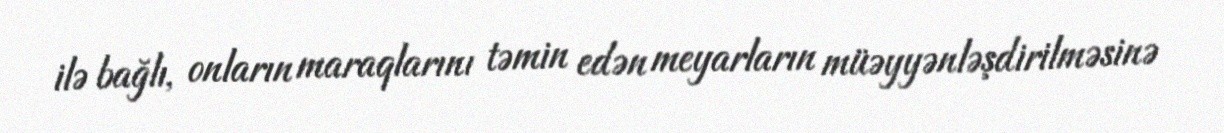
ilə bağlı, onların maraqlarını təmin edən meyarların müəyyənləşdirilməsinə